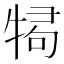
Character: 𭷫